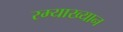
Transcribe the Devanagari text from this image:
रम्याख्यान